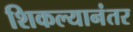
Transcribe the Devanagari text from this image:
शिकल्यानंतर